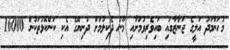
މުހަންމަދު އަލީގެ ޖަނާޒާގައި ބައިވެރިވުމަށާއި މޫނު ދެކިލުމަށް ދުނިޔޭގެ އެކި ކަންކޮޅުތަކުން 16000